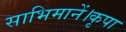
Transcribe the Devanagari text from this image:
साभिमानें।कृपा